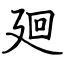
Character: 廻